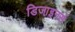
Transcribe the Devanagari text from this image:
डिजा़इनर्स